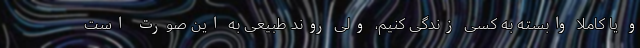
و یا کاملا وابسته به کسی زندگی کنیم، ولی روند طبیعی به این صورت است